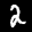
Label: 2